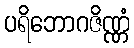
ပရိဘောဂဇိဏ္ဏံ